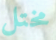
مختل